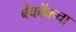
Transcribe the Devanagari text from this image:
बँकॉकचा